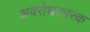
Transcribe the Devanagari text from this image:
अवरोधकारक